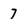
Character: 7